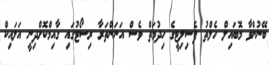
ބޭނުންވާ މޮބައިލް ހެލްތު ފެސިލިޓީގެ ހިދުމަތް ވެސް އަނަންތަރާ ރިސޯޓުގައި ގާއިމްކޮށްދިނީ އަލައިކް